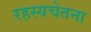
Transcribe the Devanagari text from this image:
रहस्यचेतना